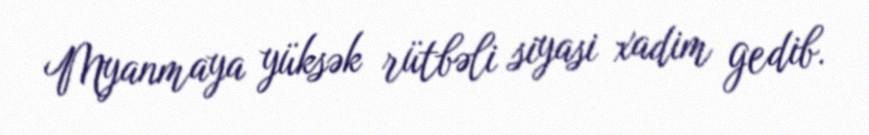
Myanmaya yüksək rütbəli siyasi xadim gedib.